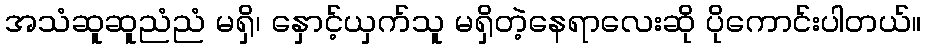
အသံဆူဆူညံညံ မရှိ၊ နှောင့်ယှက်သူ မရှိတဲ့နေရာလေးဆို ပိုကောင်းပါတယ်။